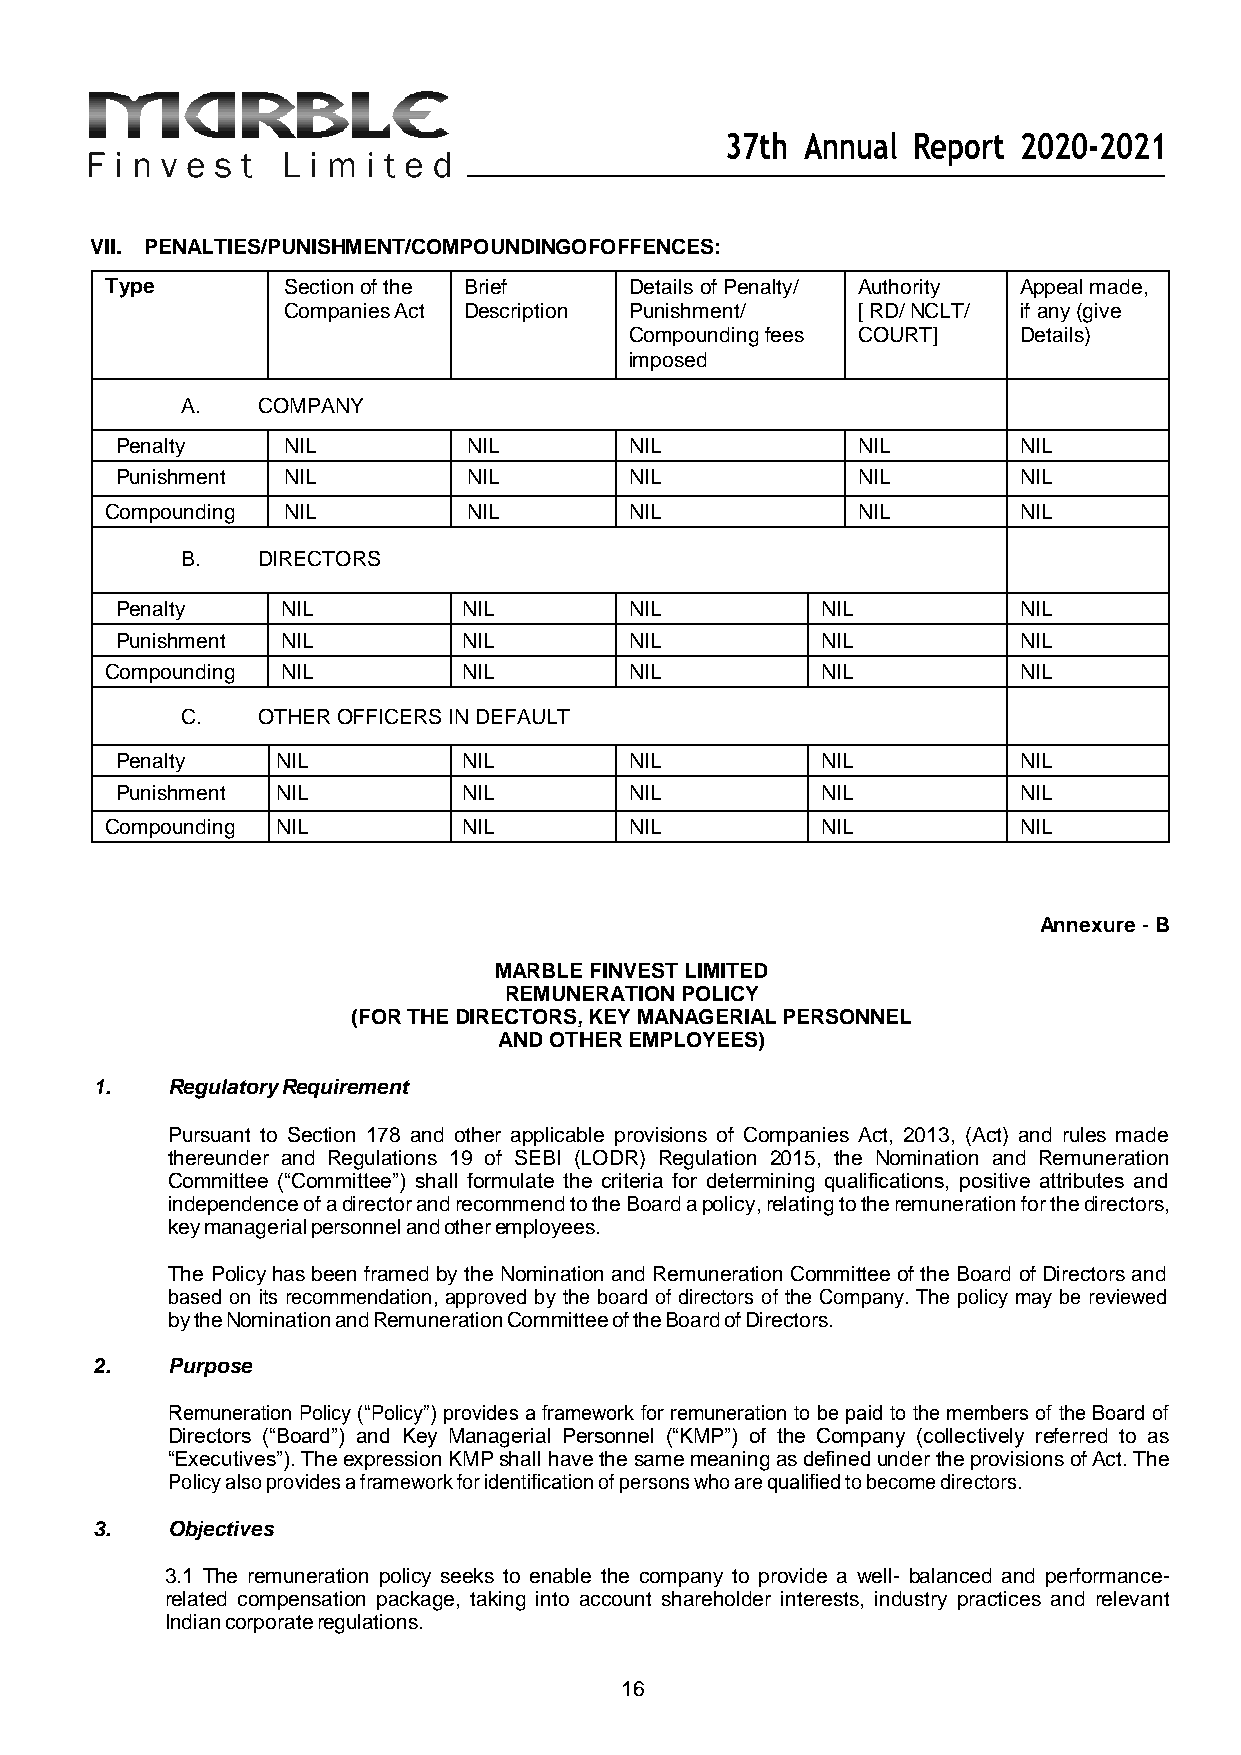
37th Annual Report 2020-2021
 VII. PENALTIES/PUNISHMENT/COMPOUNDINGOFOFFENCES:
 Type        Section of the Brief   Details of Penalty/ Authority Appeal made,
 Companies Act Description Punishment/ [ RD/ NCLT/ if any (give
 Compounding fees COURT]  Details)
 imposed
 A.   COMPANY
 Penalty    NIL         NIL        NIL            NIL       NIL
 Punishment NIL         NIL        NIL            NIL       NIL
 Compounding NIL         NIL        NIL            NIL       NIL
 B.   DIRECTORS
 Penalty    NIL         NIL        NIL         NIL          NIL
 Punishment NIL         NIL        NIL         NIL          NIL
 Compounding NIL         NIL        NIL         NIL          NIL
 C.   OTHER OFFICERS IN DEFAULT
 Penalty   NIL          NIL        NIL         NIL          NIL
 Punishment NIL         NIL        NIL         NIL          NIL
 Compounding NIL         NIL        NIL         NIL          NIL
 Annexure - B
 MARBLE FINVEST LIMITED
 REMUNERATION POLICY
 (FOR THE DIRECTORS, KEY MANAGERIAL PERSONNEL
 AND OTHER EMPLOYEES)
 1.   Regulatory Requirement
 Pursuant to Section 178 and other applicable provisions of Companies Act, 2013, (Act) and rules made
 thereunder and Regulations 19 of SEBI (LODR) Regulation 2015, the Nomination and Remuneration
 Committee (“Committee”) shall formulate the criteria for determining qualifications, positive attributes and
 independence of a director and recommend to the Board a policy, relating to the remuneration for the directors,
 key managerial personnel and other employees.
 The Policy has been framed by the Nomination and Remuneration Committee of the Board of Directors and
 based on its recommendation, approved by the board of directors of the Company. The policy may be reviewed
 by the Nomination and Remuneration Committee of the Board of Directors.
 2.   Purpose
 Remuneration Policy (“Policy”) provides a framework for remuneration to be paid to the members of the Board of
 Directors (“Board”) and Key Managerial Personnel (“KMP”) of the Company (collectively referred to as
 “Executives”). The expression KMP shall have the same meaning as defined under the provisions of Act. The
 Policy also provides a framework for identification of persons who are qualified to become directors.
 3.   Objectives
 3.1 The remuneration policy seeks to enable the company to provide a well- balanced and performance-
 related compensation package, taking into account shareholder interests, industry practices and relevant
 Indian corporate regulations.
 16